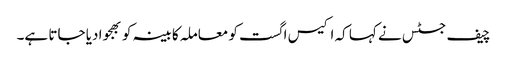
چیف جسٹس نے کہا کہ اکیس اگست کو معاملہ کابینہ کو بھجوا دیا جاتا ہے۔